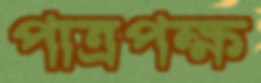
পাত্রপক্ষ